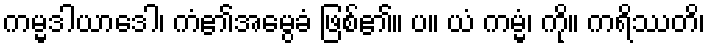
ကမ္မဒါယာဒေါ၊ ကံ၏အမွေခံ ဖြစ်၏။ ပ။ ယံ ကမ္မံ၊ ကို။ ကရိဿတိ၊